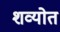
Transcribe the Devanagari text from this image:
शव्योत